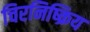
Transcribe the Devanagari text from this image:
चिरनिष्क्रिय